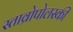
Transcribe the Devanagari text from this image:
स्ताव्रोपोलस्की